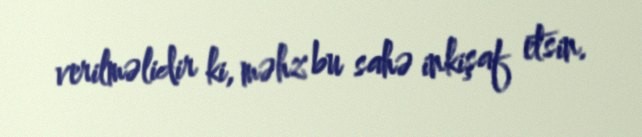
verilməlidir ki, məhz bu sahə inkişaf etsin.